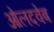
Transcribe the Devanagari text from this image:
ओलदवेब